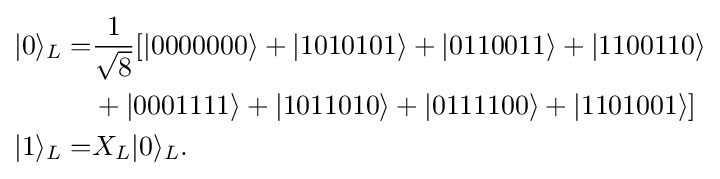
{\begin{aligned}|0\rangle _{L}=&{\frac {1}{\sqrt {8}}}[|0000000\rangle +|1010101\rangle +|0110011\rangle +|1100110\rangle \\&+|0001111\rangle +|1011010\rangle +|0111100\rangle +|1101001\rangle ]\\|1\rangle _{L}=&X_{L}|0\rangle _{L}.\end{aligned}}